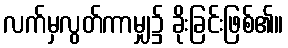
လက်မှလွတ်ကာမျှ၌ ခိုးခြင်းဖြစ်၏။